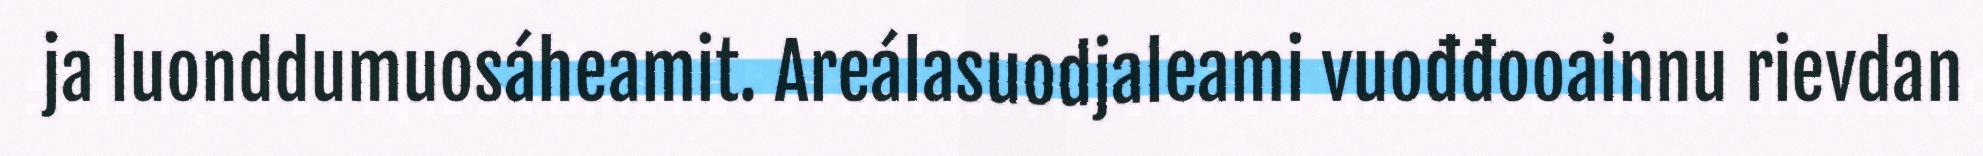
ja luonddumuosáheamit. Areálasuodjaleami vuođđooainnu rievdan